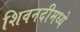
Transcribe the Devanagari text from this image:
शिवनदीमध्ये